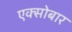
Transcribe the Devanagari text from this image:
एक्सोबार